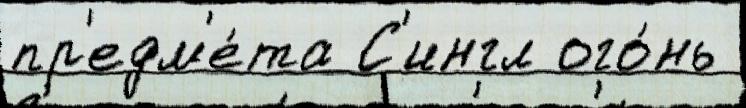
пр'едм'е́та С'ингл ого́нь